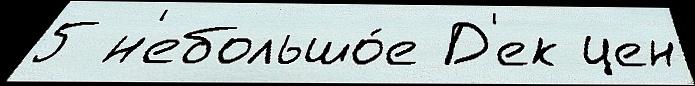
5 н'ебольшо́е Д'ек цен